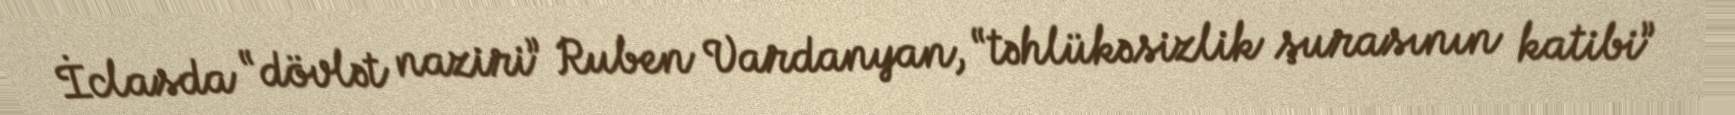
İclasda “dövlət naziri” Ruben Vardanyan, “təhlükəsizlik şurasının katibi”